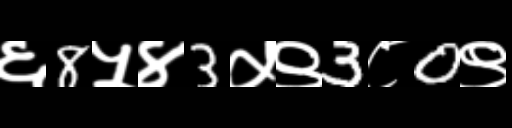
Text: ६8५४3५९3८0९